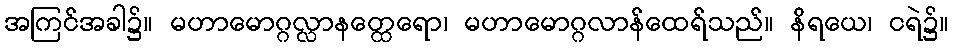
အကြင်အခါ၌။ မဟာမောဂ္ဂလ္လာနတ္ထေရော၊ မဟာမောဂ္ဂလာန်ထေရ်သည်။ နိရယေ၊ ငရဲ၌။